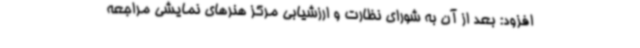
افزود: بعد از آن به شورای نظارت و ارزشیابی مرکز هنرهای نمایشی مراجعه